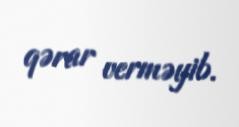
qərar verməyib.